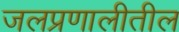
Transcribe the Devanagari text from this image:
जलप्रणालीतील